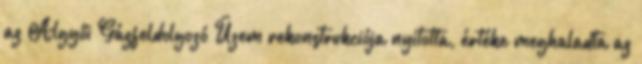
az Algyői Gázfeldolgozó Üzem rekonstrukciója nyitotta, értéke meghaladta az